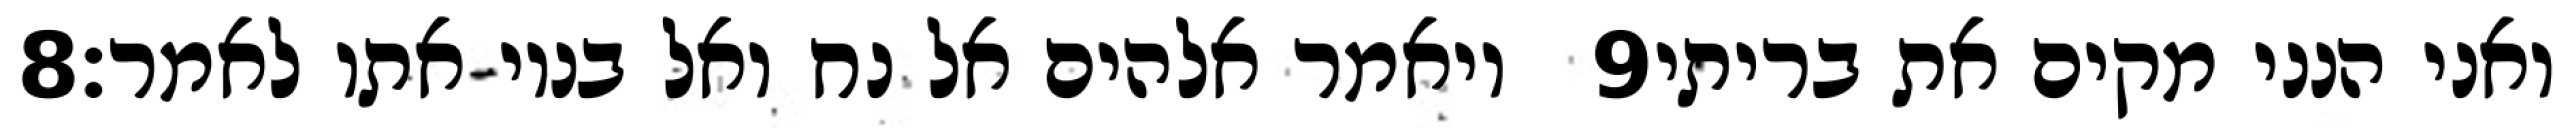
‎8‏ ויאמר אלהים אל נח ואל בניו אתו לאמר׃ ‎9‏ ואני הנני מקים את בריתי